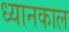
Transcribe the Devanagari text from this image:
ध्यानकाल